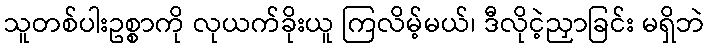
သူတစ်ပါးဥစ္စာကို လုယက်ခိုးယူ ကြလိမ့်မယ်၊ ဒီလိုငဲ့ညှာခြင်း မရှိဘဲ